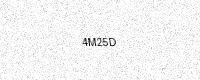
Text: 4M25D